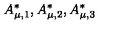
A _ { \mu , 1 } ^ { * } , A _ { \mu , 2 } ^ { * } , A _ { \mu , 3 } ^ { * }